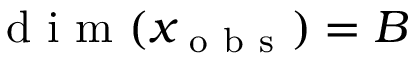
\mathrm { ~ d ~ i ~ m ~ } ( x _ { \mathrm { ~ o ~ b ~ s ~ } } ) = B